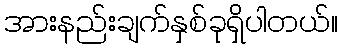
အားနည်းချက်နှစ်ခုရှိပါတယ်။